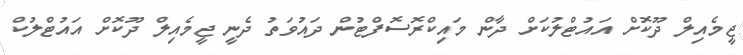
ޖީމެއިލް ދޫކޮށް އައުޓްލުކަށް ދާން މައިކްރޮސޮފްޓުން ދައުވަތު ދެނީ ޖީމެއިލް ދޫކޮށް އައުޓްލުކް